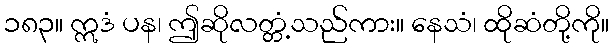
၁၈၃။ ဣဒံ ပန၊ ဤဆိုလတ္တံ့သည်ကား။ နေသံ၊ ထိုဆံတို့ကို။